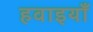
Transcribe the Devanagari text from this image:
हवाइयाँ